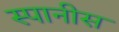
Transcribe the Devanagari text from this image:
स्पानीस